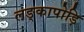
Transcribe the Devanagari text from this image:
लङ्कापोड़ि